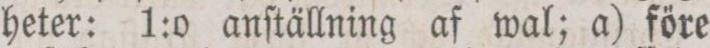
heter: 1:o anſtällning af wal; a) före